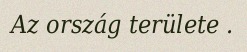
Az ország területe .